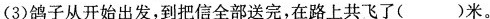
(3)鸽子从开始出发，到把信全部送完，在路上共飞了( )米。